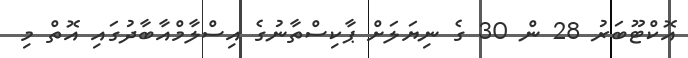
އޮކްޓޫބަރު 28 ން 30 ގެ ނިޔަލަށް ޕާކިސްތާނުގެ އިސްލާމްއާބާދުގައި އޮތް މި